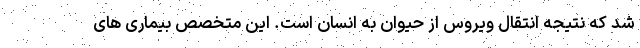
شد که نتیجه انتقال ویروس از حیوان به انسان است. این متخصص بیماری های